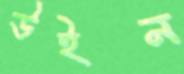
উইন